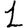
Digit: 1